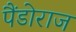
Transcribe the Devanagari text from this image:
पैंडोराज